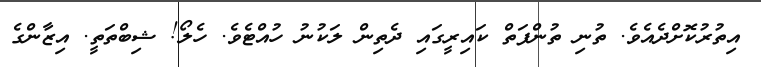
އިތުރުކޮށްދެއެވެ. ތުނި ތުންފަތް ކައިރީގައި ދެތިން ލަކުނު ހުއްޓެވެ. ހެލޯ! ޝިބްތަތީ. އިޒާންގެ